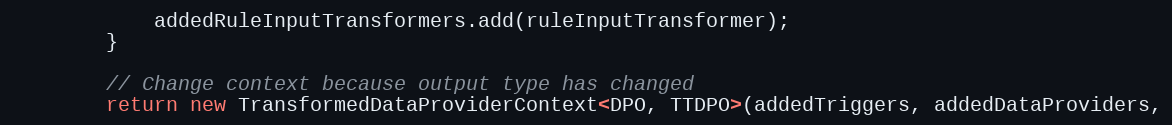
Language: Java
            addedRuleInputTransformers.add(ruleInputTransformer);
        }

        // Change context because output type has changed
        return new TransformedDataProviderContext<DPO, TTDPO>(addedTriggers, addedDataProviders,